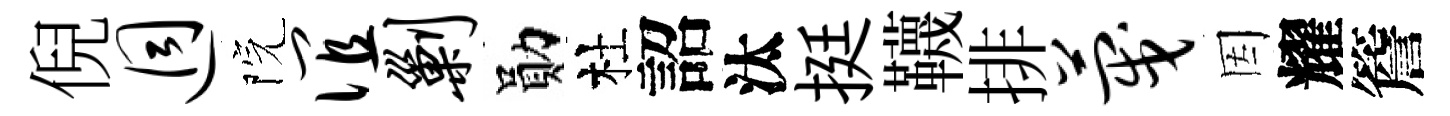
倪迥院谊剿勛杜詔汰挺韈排蔑因耀簷